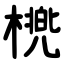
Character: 橷